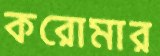
করোমার